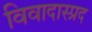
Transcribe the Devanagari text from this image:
विवादास्प्रद